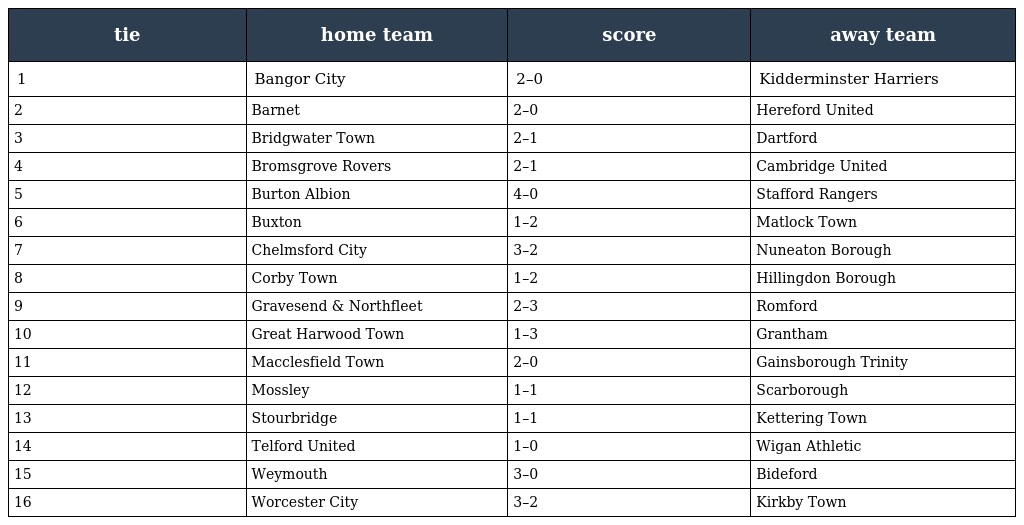
| tie | home team | score | away team |
 | --- | --- | --- | --- |
 | 1 | Bangor City | 2–0 | Kidderminster Harriers |
 | 2 | Barnet | 2–0 | Hereford United |
 | 3 | Bridgwater Town | 2–1 | Dartford |
 | 4 | Bromsgrove Rovers | 2–1 | Cambridge United |
 | 5 | Burton Albion | 4–0 | Stafford Rangers |
 | 6 | Buxton | 1–2 | Matlock Town |
 | 7 | Chelmsford City | 3–2 | Nuneaton Borough |
 | 8 | Corby Town | 1–2 | Hillingdon Borough |
 | 9 | Gravesend & Northfleet | 2–3 | Romford |
 | 10 | Great Harwood Town | 1–3 | Grantham |
 | 11 | Macclesfield Town | 2–0 | Gainsborough Trinity |
 | 12 | Mossley | 1–1 | Scarborough |
 | 13 | Stourbridge | 1–1 | Kettering Town |
 | 14 | Telford United | 1–0 | Wigan Athletic |
 | 15 | Weymouth | 3–0 | Bideford |
 | 16 | Worcester City | 3–2 | Kirkby Town |